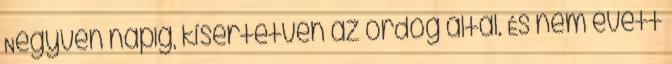
Negyven napig, kísértetvén az ördög által. És nem evett